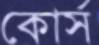
কোর্স